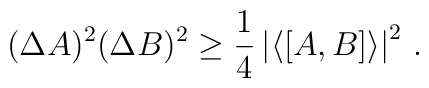
(\Delta A)^2 (\Delta B)^2 \ge \frac{1}{4} \left| \langle [A,B] \rangle \right|^2 \, .